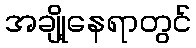
အချို့နေရာတွင်